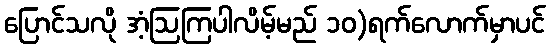
ပြောင်သလို အံ့ဩကြပါလိမ့်မည် ၁၀)ရက်လောက်မှာပင်